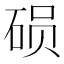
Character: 𬒍